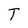
Character: T